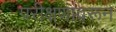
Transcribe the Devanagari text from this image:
परीक्षणांवरून